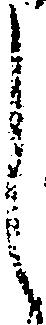
し